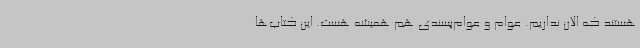
هستند که الان نداریم. عوام و عوام‌پسندی هم همیشه هست. این کتاب‌ها